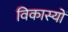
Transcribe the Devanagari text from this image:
विकास्यों